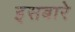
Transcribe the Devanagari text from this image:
इसबारे